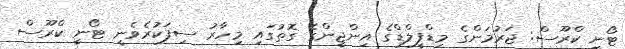
ޓޯނީ ކްރޫސް: ޖަރުމަންގެ މިޑްފީލްޑްގެ އިންޖީންގެ ގޮތުގައި މިހާރު ސިފަކުރެވެނީ ޓޯނީ ކްރޫސް